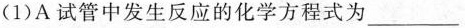
(1)A试管中发生反应的化学方程式为___